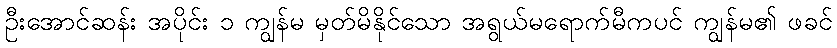
ဦးအောင်ဆန်း အပိုင်း ၁ ကျွန်မ မှတ်မိနိုင်သော အရွယ်မရောက်မီကပင် ကျွန်မ၏ ဖခင်